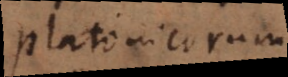
Platonicorum.